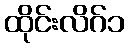
ထိုင်းလိဂ်၁